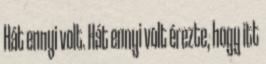
Hát ennyi volt. Hát ennyi volt érezte, hogy itt